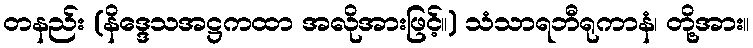
တနည်း (နိဒ္ဒေသအဋ္ဌကထာ အလိုအားဖြင့်။) သံသာရဘီရုကာနံ၊ တို့အား။